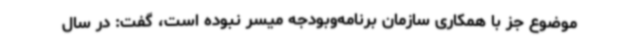
موضوع جز با همکاری سازمان برنامه‌وبودجه میسر نبوده است، گفت: در سال